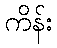
ကိန်း